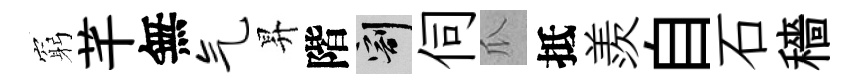
窮芊無气昇階割伺瓜抵羨自石穡